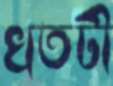
খতটী